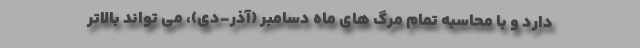
دارد و با محاسبه تمام مرگ های ماه دسامبر (آذر-دی)، می تواند بالاتر